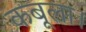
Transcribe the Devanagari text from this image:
कबूला।